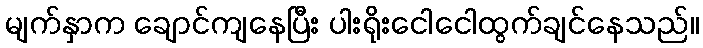
မျက်နှာက ချောင်ကျနေပြီး ပါးရိုးငေါငေါထွက်ချင်နေသည်။